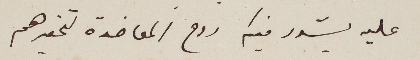
عليه يشدد فيكم روح المعاضدة لتحقيرهم